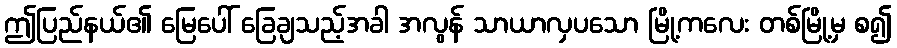
ဤပြည်နယ်၏ မြေပေါ် ခြေချသည့်အခါ အလွန် သာယာလှပသော မြို့ကလေး တစ်မြို့မှ စ၍